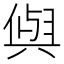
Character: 𭁕